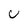
Character: C